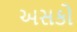
અસકો